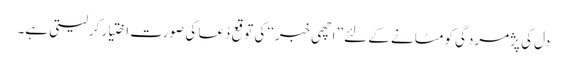
دل کی پژمردگی کو مٹانے کے لئے ’’اچھی خبر‘‘ کی توقع دُعا کی صورت اختیار کرلیتی ہے۔